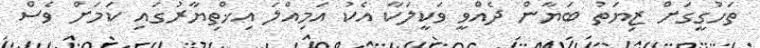
ތަހުގީގަށް ޒިޔަތު ބަޔާން ދެއްވީ ވަކީލަކާ އެކު އަމިއްލަ އިޚްތިޔާރުގައި ކަމަށް ވެސް